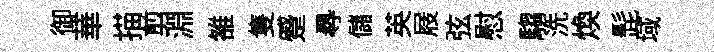
御華描剪淵雒隻蹙𡬶儲英屐弦慰騶洗煥髭域